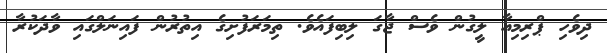
ދިވެހި ޕްރިމިއާ ލީގުން ވެސް ޖާގަ ލިބިފައެވެ. ތިމަރަފުށިގެ އިތުރުން ފައިނަލްގައި ވާދަކުރާ